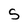
Character: S